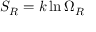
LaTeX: \; S _ { R } = k \ln \Omega _ { R }